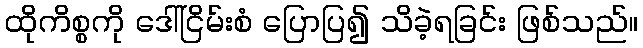
ထိုကိစ္စကို ဒေါ်ငြိမ်းစံ ပြောပြ၍ သိခဲ့ရခြင်း ဖြစ်သည်။